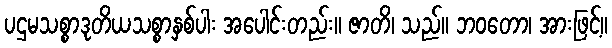
ပဌမသစ္စာဒုတိယသစ္စာနှစ်ပါး အပေါင်းတည်း။ ဇာတိ၊ သည်။ ဘဝတော၊ အားဖြင့်။